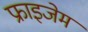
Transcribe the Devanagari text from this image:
फ्राइजेम